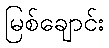
မြစ်ချောင်း